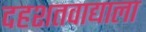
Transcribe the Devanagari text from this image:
दहशतवाद्याला